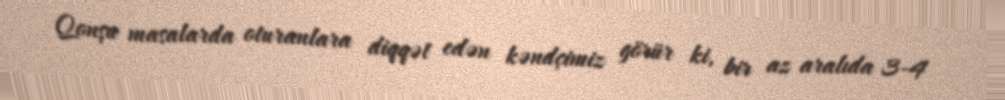
Qonşu masalarda oturanlara diqqət edən kəndçimiz görür ki, bir az aralıda 3-4